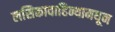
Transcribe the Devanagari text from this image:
लसिकावाहिन्यामधून